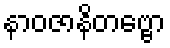
နာဝဇာနိတဗ္ဗော